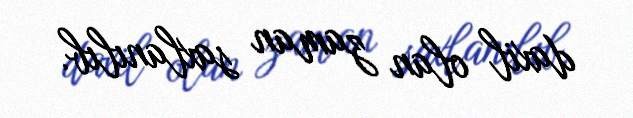
daxil olan zaman saxlanılıb.